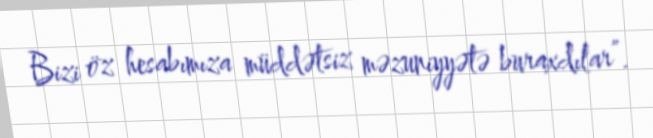
Bizi öz hesabımıza müddətsiz məzuniyyətə buraxdılar”.